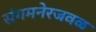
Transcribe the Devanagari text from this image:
संगमनेरजवळ